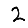
Digit: 2